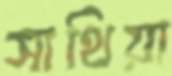
সাথিয়া